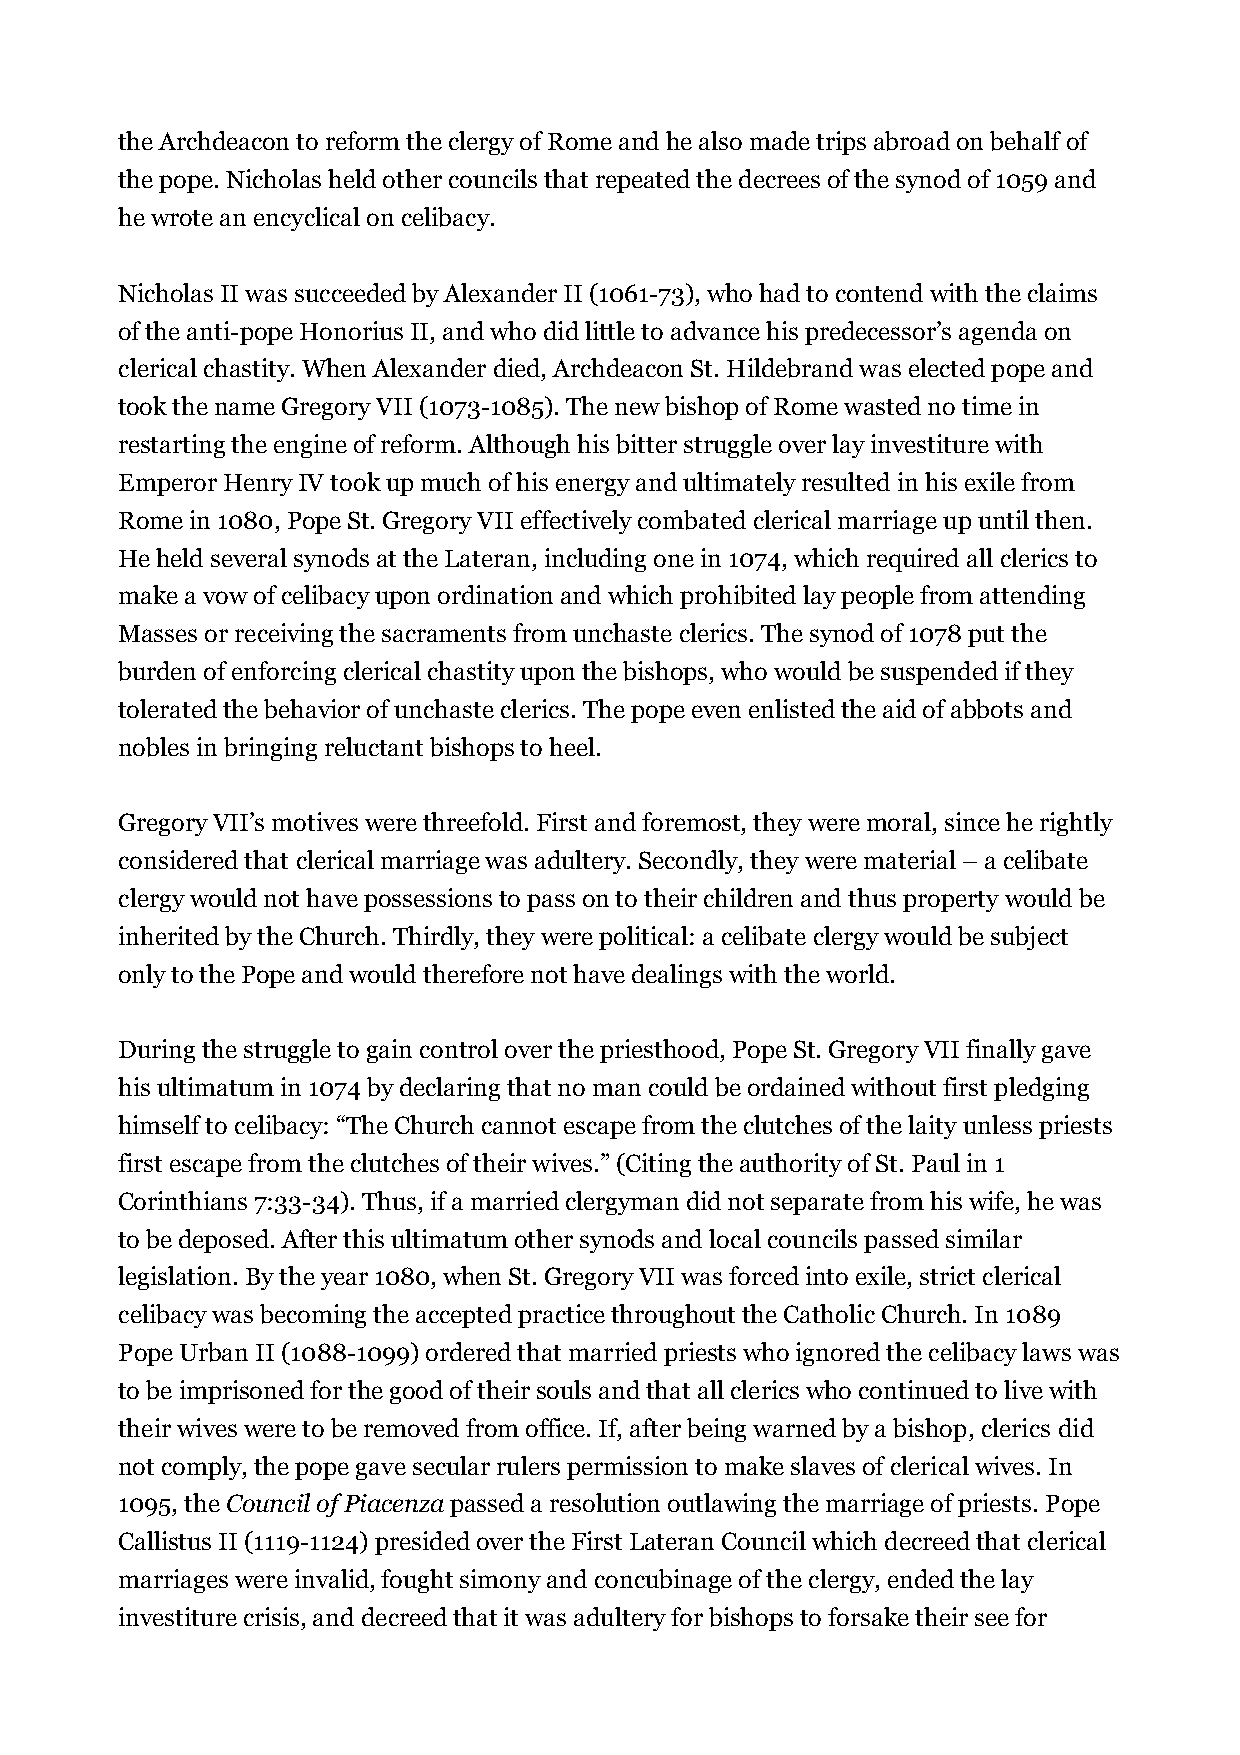
the Archdeacon to reform the clergy of Rome and he also made trips abroad on behalf of
 the pope. Nicholas held other councils that repeated the decrees of the synod of 1059 and
 he wrote an encyclical on celibacy.
 Nicholas II was succeeded by Alexander II (1061-73), who had to contend with the claims
 of the anti-pope Honorius II, and who did little to advance his predecessor’s agenda on
 clerical chastity. When Alexander died, Archdeacon St. Hildebrand was elected pope and
 took the name Gregory VII (1073-1085). The new bishop of Rome wasted no time in
 restarting the engine of reform. Although his bitter struggle over lay investiture with
 Emperor Henry IV took up much of his energy and ultimately resulted in his exile from
 Rome in 1080, Pope St. Gregory VII effectively combated clerical marriage up until then.
 He held several synods at the Lateran, including one in 1074, which required all clerics to
 make a vow of celibacy upon ordination and which prohibited lay people from attending
 Masses or receiving the sacraments from unchaste clerics. The synod of 1078 put the
 burden of enforcing clerical chastity upon the bishops, who would be suspended if they
 tolerated the behavior of unchaste clerics. The pope even enlisted the aid of abbots and
 nobles in bringing reluctant bishops to heel.
 Gregory VII’s motives were threefold. First and foremost, they were moral, since he rightly
 considered that clerical marriage was adultery. Secondly, they were material – a celibate
 clergy would not have possessions to pass on to their children and thus property would be
 inherited by the Church. Thirdly, they were political: a celibate clergy would be subject
 only to the Pope and would therefore not have dealings with the world.
 During the struggle to gain control over the priesthood, Pope St. Gregory VII finally gave
 his ultimatum in 1074 by declaring that no man could be ordained without first pledging
 himself to celibacy: “The Church cannot escape from the clutches of the laity unless priests
 first escape from the clutches of their wives.” (Citing the authority of St. Paul in 1
 Corinthians 7:33-34). Thus, if a married clergyman did not separate from his wife, he was
 to be deposed. After this ultimatum other synods and local councils passed similar
 legislation. By the year 1080, when St. Gregory VII was forced into exile, strict clerical
 celibacy was becoming the accepted practice throughout the Catholic Church. In 1089
 Pope Urban II (1088-1099) ordered that married priests who ignored the celibacy laws was
 to be imprisoned for the good of their souls and that all clerics who continued to live with
 their wives were to be removed from office. If, after being warned by a bishop, clerics did
 not comply, the pope gave secular rulers permission to make slaves of clerical wives. In
 1095, the Council of Piacenza passed a resolution outlawing the marriage of priests. Pope
 Callistus II (1119-1124) presided over the First Lateran Council which decreed that clerical
 marriages were invalid, fought simony and concubinage of the clergy, ended the lay
 investiture crisis, and decreed that it was adultery for bishops to forsake their see for